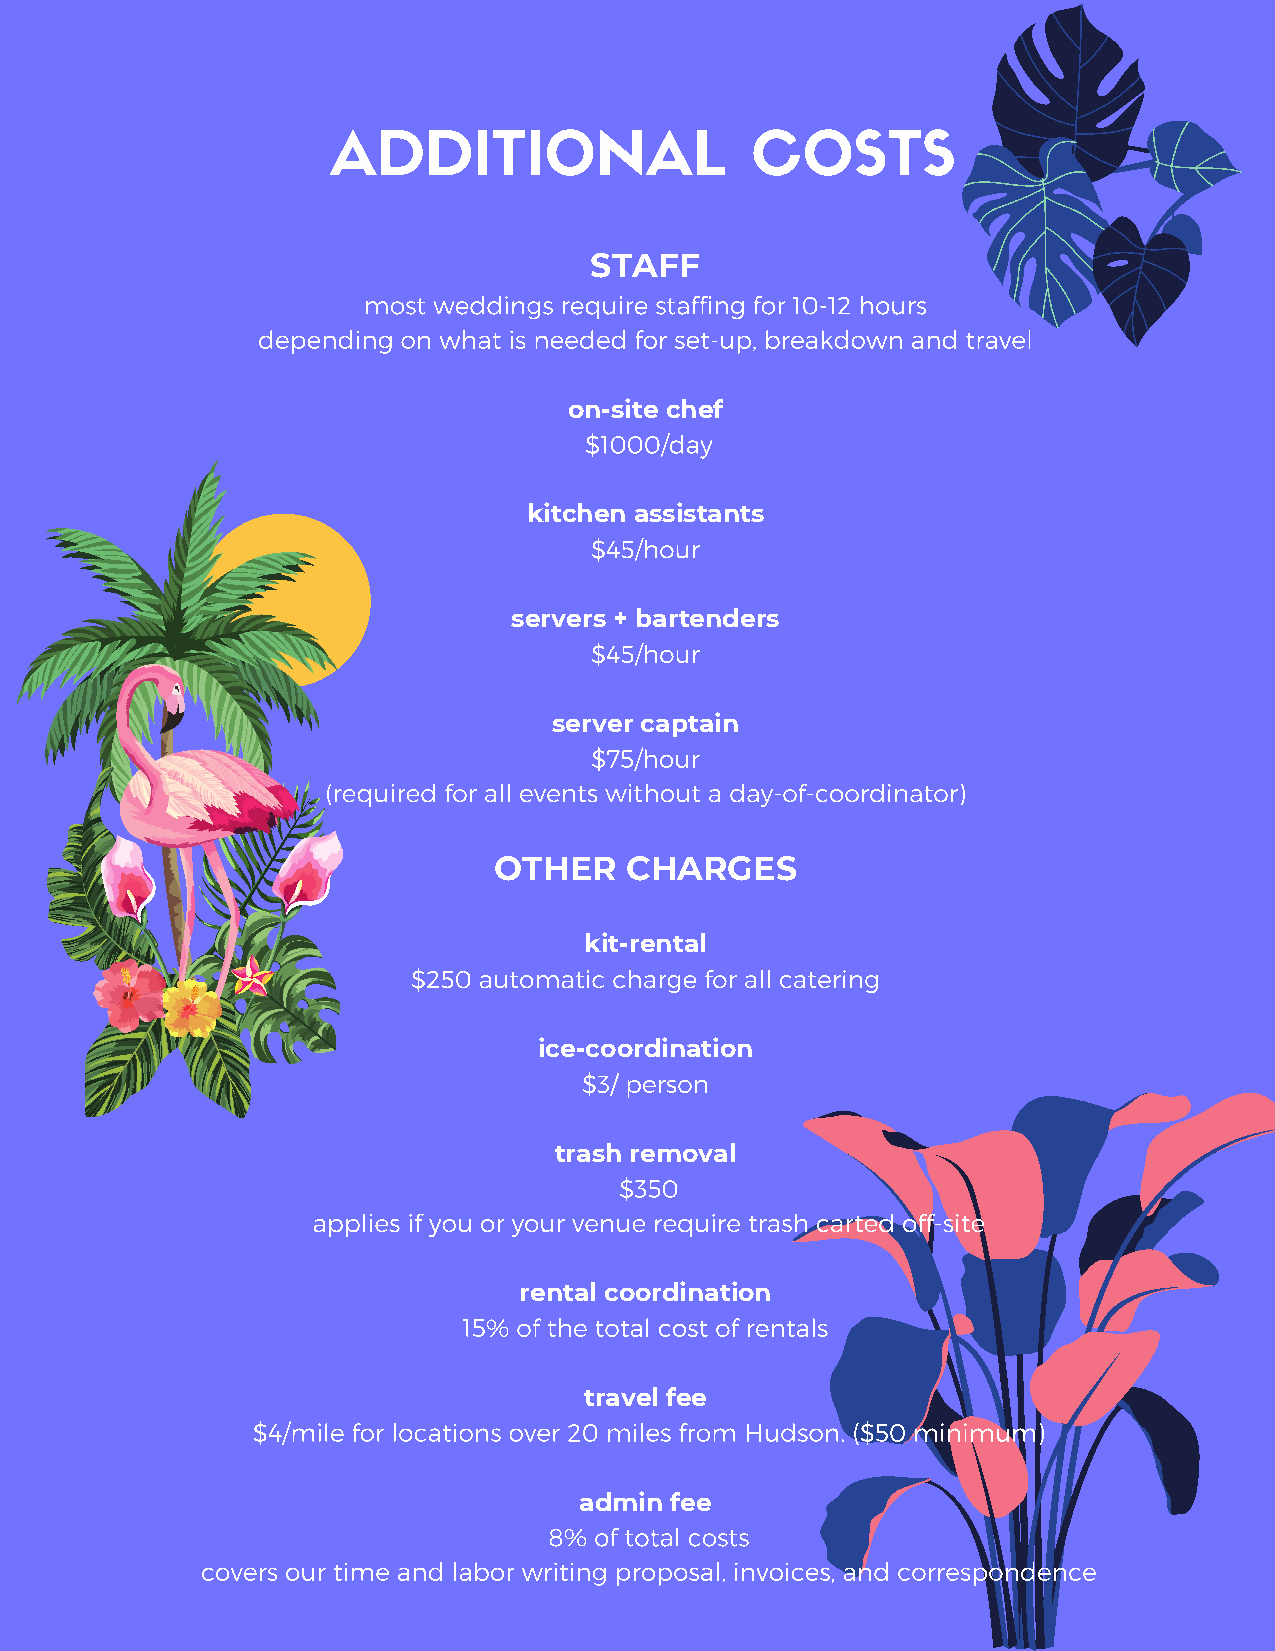
ADDITIONAL                  COSTS
 STAFF
 most weddings require staffing for 10-12 hours
 depending on what is needed for set-up, breakdown and travel
 on-site chef
 $1000/day
 kitchen assistants
 $45/hour
 servers + bartenders
 $45/hour
 server captain
 $75/hour
 (required for all events without a day-of-coordinator)
 OTHER   CHARGES
 kit-rental
 $250 automatic charge for all catering
 ice-coordination
 $3/ person
 trash removal
 $350
 applies if you or your venue require trash carted off-site
 rental coordination
 15% of the total cost of rentals
 travel fee
 $4/mile for locations over 20 miles from Hudson. ($50 minimum)
 admin fee
 8% of total costs
 covers our time and labor writing proposal, invoices, and correspondence